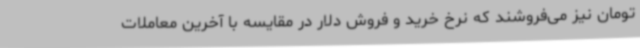
تومان نیز می‌فروشند که نرخ خرید و فروش دلار در مقایسه با آخرین معاملات